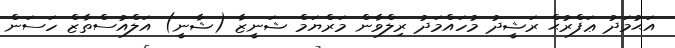
އަޙުމަދު ޢަފްރުޙް ރަޝީދު މުހައްމަދު ރިލްވާން މަރްޔަމް ޝަނީޒާ (ޝާނީ) އަލްއުސްތާޒް ހަސަން